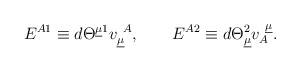
\begin{align*} E^{A1} \equiv d\Theta^{\underline{\mu}1} v^{~A}_{\underline{\mu}}, \qquad E^{A2} \equiv d\Theta^2_{\underline{\mu}} v_{A}^{~\underline{\mu}}.\qquad\end{align*}